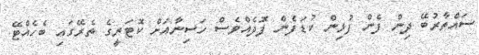
ސައްތާރުބޭ ދިން ފެން ފުޅިން ކުޑަފެން ފޮދެއްވެސް ހަސިނާއަށް ކޮޓަރީގެ ތެރޭގައި ބެހެއްޓޭ